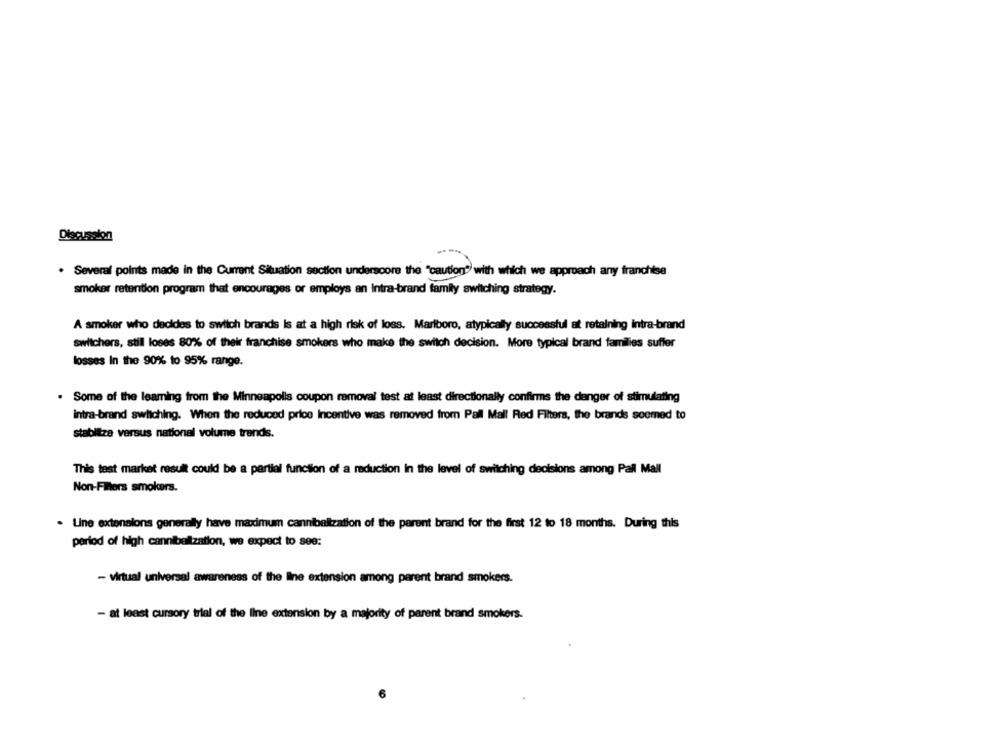
Discussion
. Several points made in the Current Situation section underscore the "caution?) with which we approach any franchise
smoker retention program that encourages or employs an Intra-brand family switching strategy.
A smoker who decides to switch brands Is at a high risk of loss. Marlboro, atypically successful at retaining intra-brand
switchers, still loses 80% of their franchise smokers who make the switch decision. More typical brand families suffer
losses In the 90% to 95% range.
. Some of the leaming from the Minneapolis coupon removal test at least directionally confirms the danger of stimulating
intra-brand switching. When the reduced price Incentive was removed from Pall Mall Red Filters, the brands seemed to
stabilize versus national volume trends.
This test market result could be a partial function of a reduction In the level of switching decisions among Pall Mall
Non-Filors smokers.
. Line extensions generally have maximum cannibaltzation of the parent brand for the first 12 to 18 months. During this
period of high cannibalzation, we expect to see:
- virtual universal awareness of the line extension among parent brand smokers.
- at least cursory trial of the line extension by a majority of parent brand smokers.